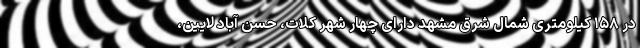
در ۱۵۸ کیلومتری شمال شرق مشهد دارای چهار شهر کلات، حسن آباد لایین،